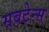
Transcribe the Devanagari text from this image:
सबटेन्स